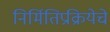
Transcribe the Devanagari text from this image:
निर्मितिप्रक्रियेचे